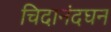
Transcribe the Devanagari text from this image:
चिदानंदघन